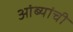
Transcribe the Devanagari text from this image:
आंब्यांची